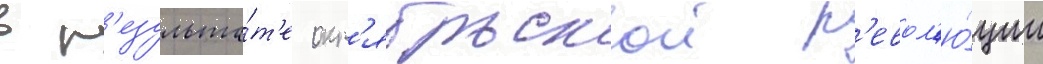
в р'езульта́т'е окт'ябрьскои р'евол'ю́ции